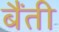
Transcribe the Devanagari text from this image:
बैंती